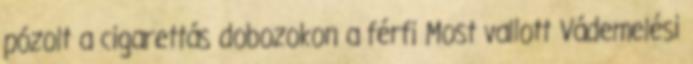
pózolt a cigarettás dobozokon a férfi Most vallott Vádemelési